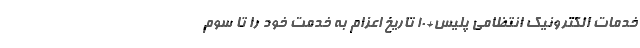
خدمات الکترونیک انتظامی پلیس+۱۰ تاریخ اعزام به خدمت خود را تا سوم